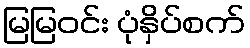
မြမြဝင်း ပုံနှိပ်စက်